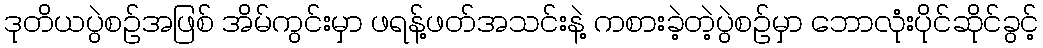
ဒုတိယပွဲစဉ်အဖြစ် အိမ်ကွင်းမှာ ဖရန့်ဖတ်အသင်းနဲ့ ကစားခဲ့တဲ့ပွဲစဉ်မှာ ဘောလုံးပိုင်ဆိုင်ခွင့်